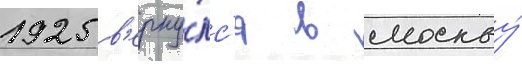
1925 в'ерну́лс'я в москву́